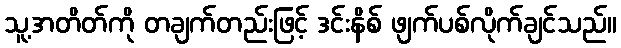
သူ့အတိတ်ကို တချက်တည်းဖြင့် ဒင်းနိစ် ဖျက်ပစ်လိုက်ချင်သည်။